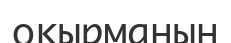
оқырманын